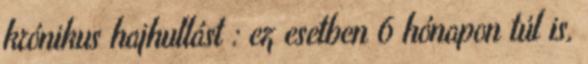
krónikus hajhullást : ez esetben 6 hónapon túl is,